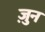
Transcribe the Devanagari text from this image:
ज़ुन